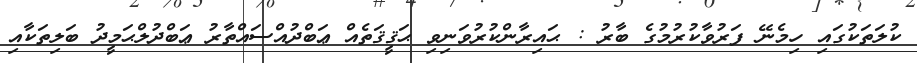
ކުލަތަކުގައި ހިމެނޭ ފަރުވާކުރުމުގެ ބާރު : ޙައިރާންކުރުވަނިވި ޙަޤީޤަތެއް ޢަބްދުއްސައްތާރު ޢަބްދުލްޙަމީދު ބަލިތަކާއި